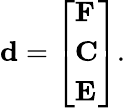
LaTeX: \mathbf{d}={\left[\begin{array}{l}{\mathbf{F}}\\ {\mathbf{C}}\\ {\mathbf{E}}\end{array}\right]}.